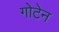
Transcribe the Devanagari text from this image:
गोटेन